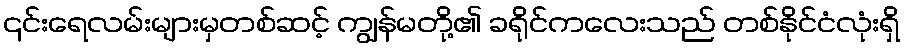
၎င်းရေလမ်းများမှတစ်ဆင့် ကျွန်မတို့၏ ခရိုင်ကလေးသည် တစ်နိုင်ငံလုံးရှိ